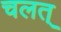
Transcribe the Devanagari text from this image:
चलत्